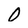
Character: 0